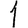
Digit: 1